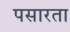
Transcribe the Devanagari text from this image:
पसारता